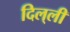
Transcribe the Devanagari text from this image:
दिल्‌ली